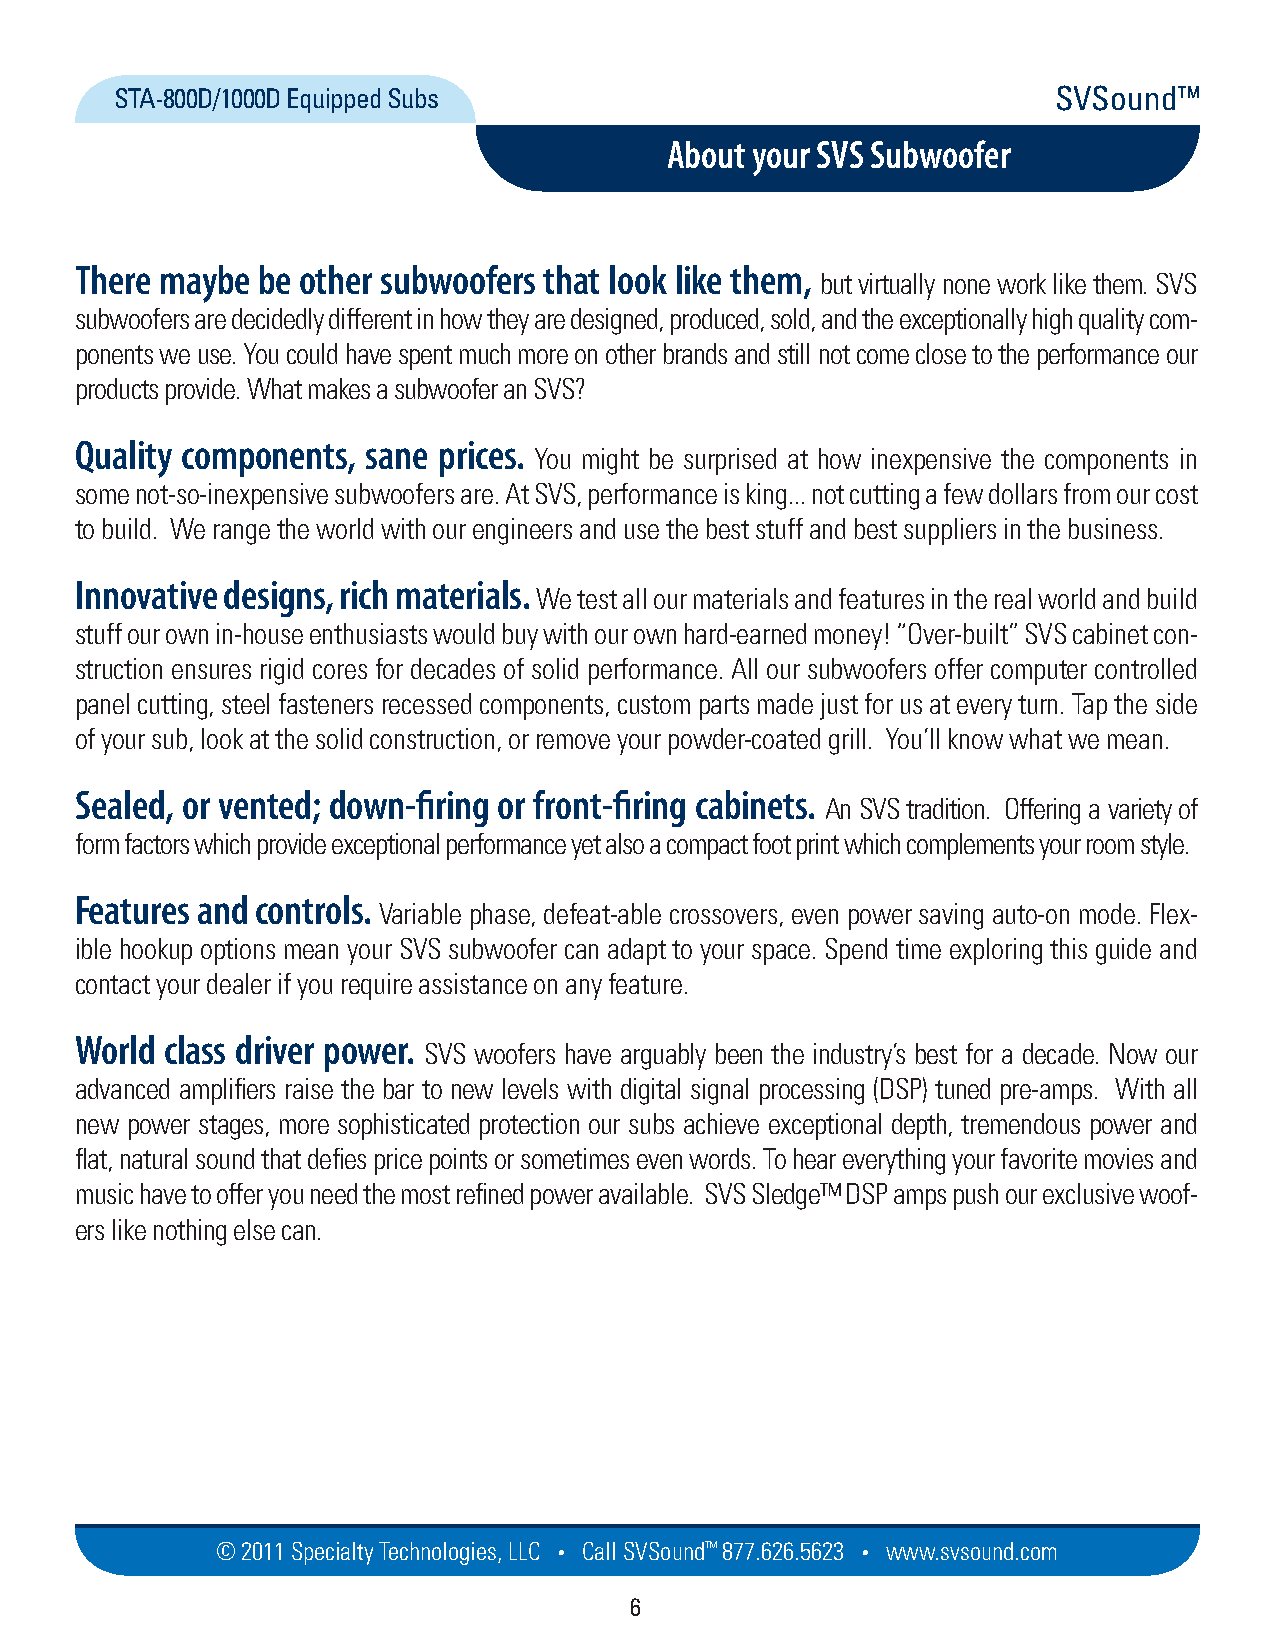
STA-800D/1000D Equipped Subs                                  SVSound™
 About your SVS Subwoofer
 There maybe be other subwoofers that look like them,
 but virtually none work like them. SVS
 subwoofers are decidedly different in how they are designed, produced, sold, and the exceptionally high quality com-
 ponents we use. You could have spent much more on other brands and still not come close to the performance our
 products provide. What makes a subwoofer an SVS?
 Quality components, sane prices.
 You might be surprised at how inexpensive the components in
 some not-so-inexpensive subwoofers are. At SVS, performance is king... not cutting a few dollars from our cost
 to build. We range the world with our engineers and use the best stuff and best suppliers in the business.
 Innovative designs, rich materials.
 We test all our materials and features in the real world and build
 stuff our own in-house enthusiasts would buy with our own hard-earned money! “Over-built” SVS cabinet con-
 struction ensures rigid cores for decades of solid performance. All our subwoofers offer computer controlled
 panel cutting, steel fasteners recessed components, custom parts made just for us at every turn. Tap the side
 of your sub, look at the solid construction, or remove your powder-coated grill. You’ll know what we mean.
 Sealed, or vented; down-firing or front-firing cabinets.
 An SVS tradition. Offering a variety of
 form factors which provide exceptional performance yet also a compact foot print which complements your room style.
 Features and controls.
 Variable phase, defeat-able crossovers, even power saving auto-on mode. Flex-
 ible hookup options mean your SVS subwoofer can adapt to your space. Spend time exploring this guide and
 contact your dealer if you require assistance on any feature.
 World class driver power.
 SVS woofers have arguably been the industry’s best for a decade. Now our
 advanced amplifiers raise the bar to new levels with digital signal processing (DSP) tuned pre-amps. With all
 new power stages, more sophisticated protection our subs achieve exceptional depth, tremendous power and
 flat, natural sound that defies price points or sometimes even words. To hear everything your favorite movies and
 music have to offer you need the most refined power available. SVS Sledge™ DSP amps push our exclusive woof-
 ers like nothing else can.
 © 2011 Specialty Techno logies, LLC • Call SVSound™ 877.626.5623 • www.svs ou nd.com
 6